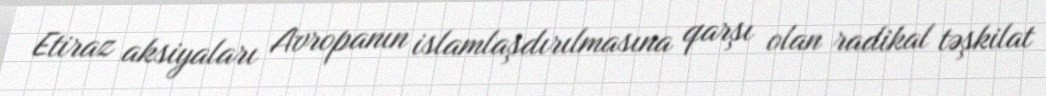
Etiraz aksiyaları Avropanın islamlaşdırılmasına qarşı olan radikal təşkilat